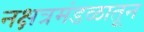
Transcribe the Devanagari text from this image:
नक्षत्रमंडळातून